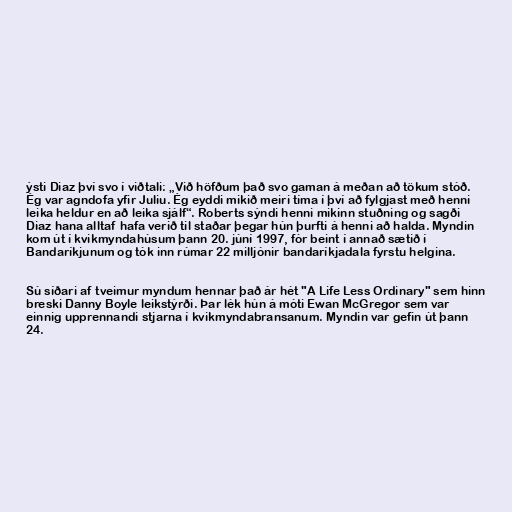
ýsti Diaz því svo í viðtali: „Við höfðum það svo gaman á meðan að tökum stóð.
Ég var agndofa yfir Juliu. Ég eyddi mikið meiri tíma í því að fylgjast með henni
leika heldur en að leika sjálf“. Roberts sýndi henni mikinn stuðning og sagði
Diaz hana alltaf hafa verið til staðar þegar hún þurfti á henni að halda. Myndin
kom út í kvikmyndahúsum þann 20. júní 1997, fór beint í annað sætið í
Bandaríkjunum og tók inn rúmar 22 milljónir bandaríkjadala fyrstu helgina.

Sú síðari af tveimur myndum hennar það ár hét "A Life Less Ordinary" sem hinn
breski Danny Boyle leikstýrði. Þar lék hún á móti Ewan McGregor sem var
einnig upprennandi stjarna í kvikmyndabransanum. Myndin var gefin út þann
24.